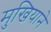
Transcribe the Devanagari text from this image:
मुखियाने